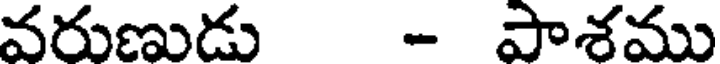
వరుణుడు - పాశము